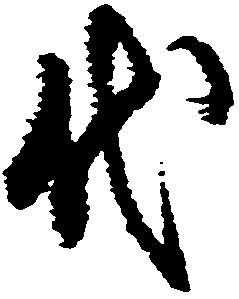
代